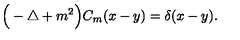
\Big ( - \triangle + m ^ { 2 } \Big ) C _ { m } ( x - y ) = \delta ( x - y ) .